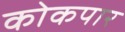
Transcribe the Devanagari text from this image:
कोकपार